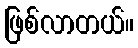
ဖြစ်လာတယ်။